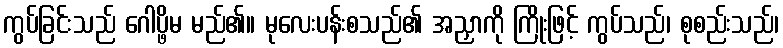
ကွပ်ခြင်းသည် ဂေါပ္ဖိမ မည်၏။ မုလေးပန်းစသည်၏ အညှာကို ကြိုးဖြင့် ကွပ်သည်၊ စုစည်းသည်၊